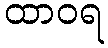
ထာဝရ